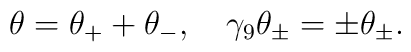
\theta=\theta_{+}+\theta_{-},\quad\gamma_{9}\theta_{\pm}=\pm \theta_{\pm}.